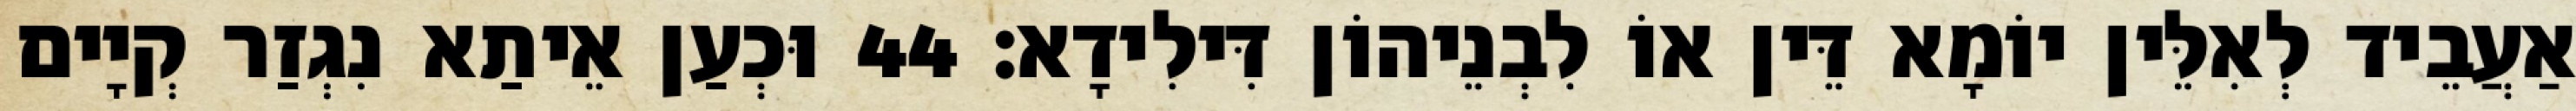
אַעֲבֵיד לְאִלֵּין יוֹמָא דֵּין אוֹ לִבְנֵיהוֹן דִּילִידָא׃ 44 וּכְעַן אֵיתַא נִגְזַר קְיָים